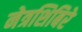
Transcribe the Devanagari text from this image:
नेत्रशिबिरे